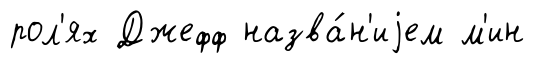
рол'ях Джефф назва́н'иjем м'ин